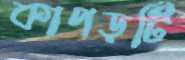
কাপড়টি